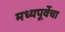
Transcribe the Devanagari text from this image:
मध्यपूर्वेचा